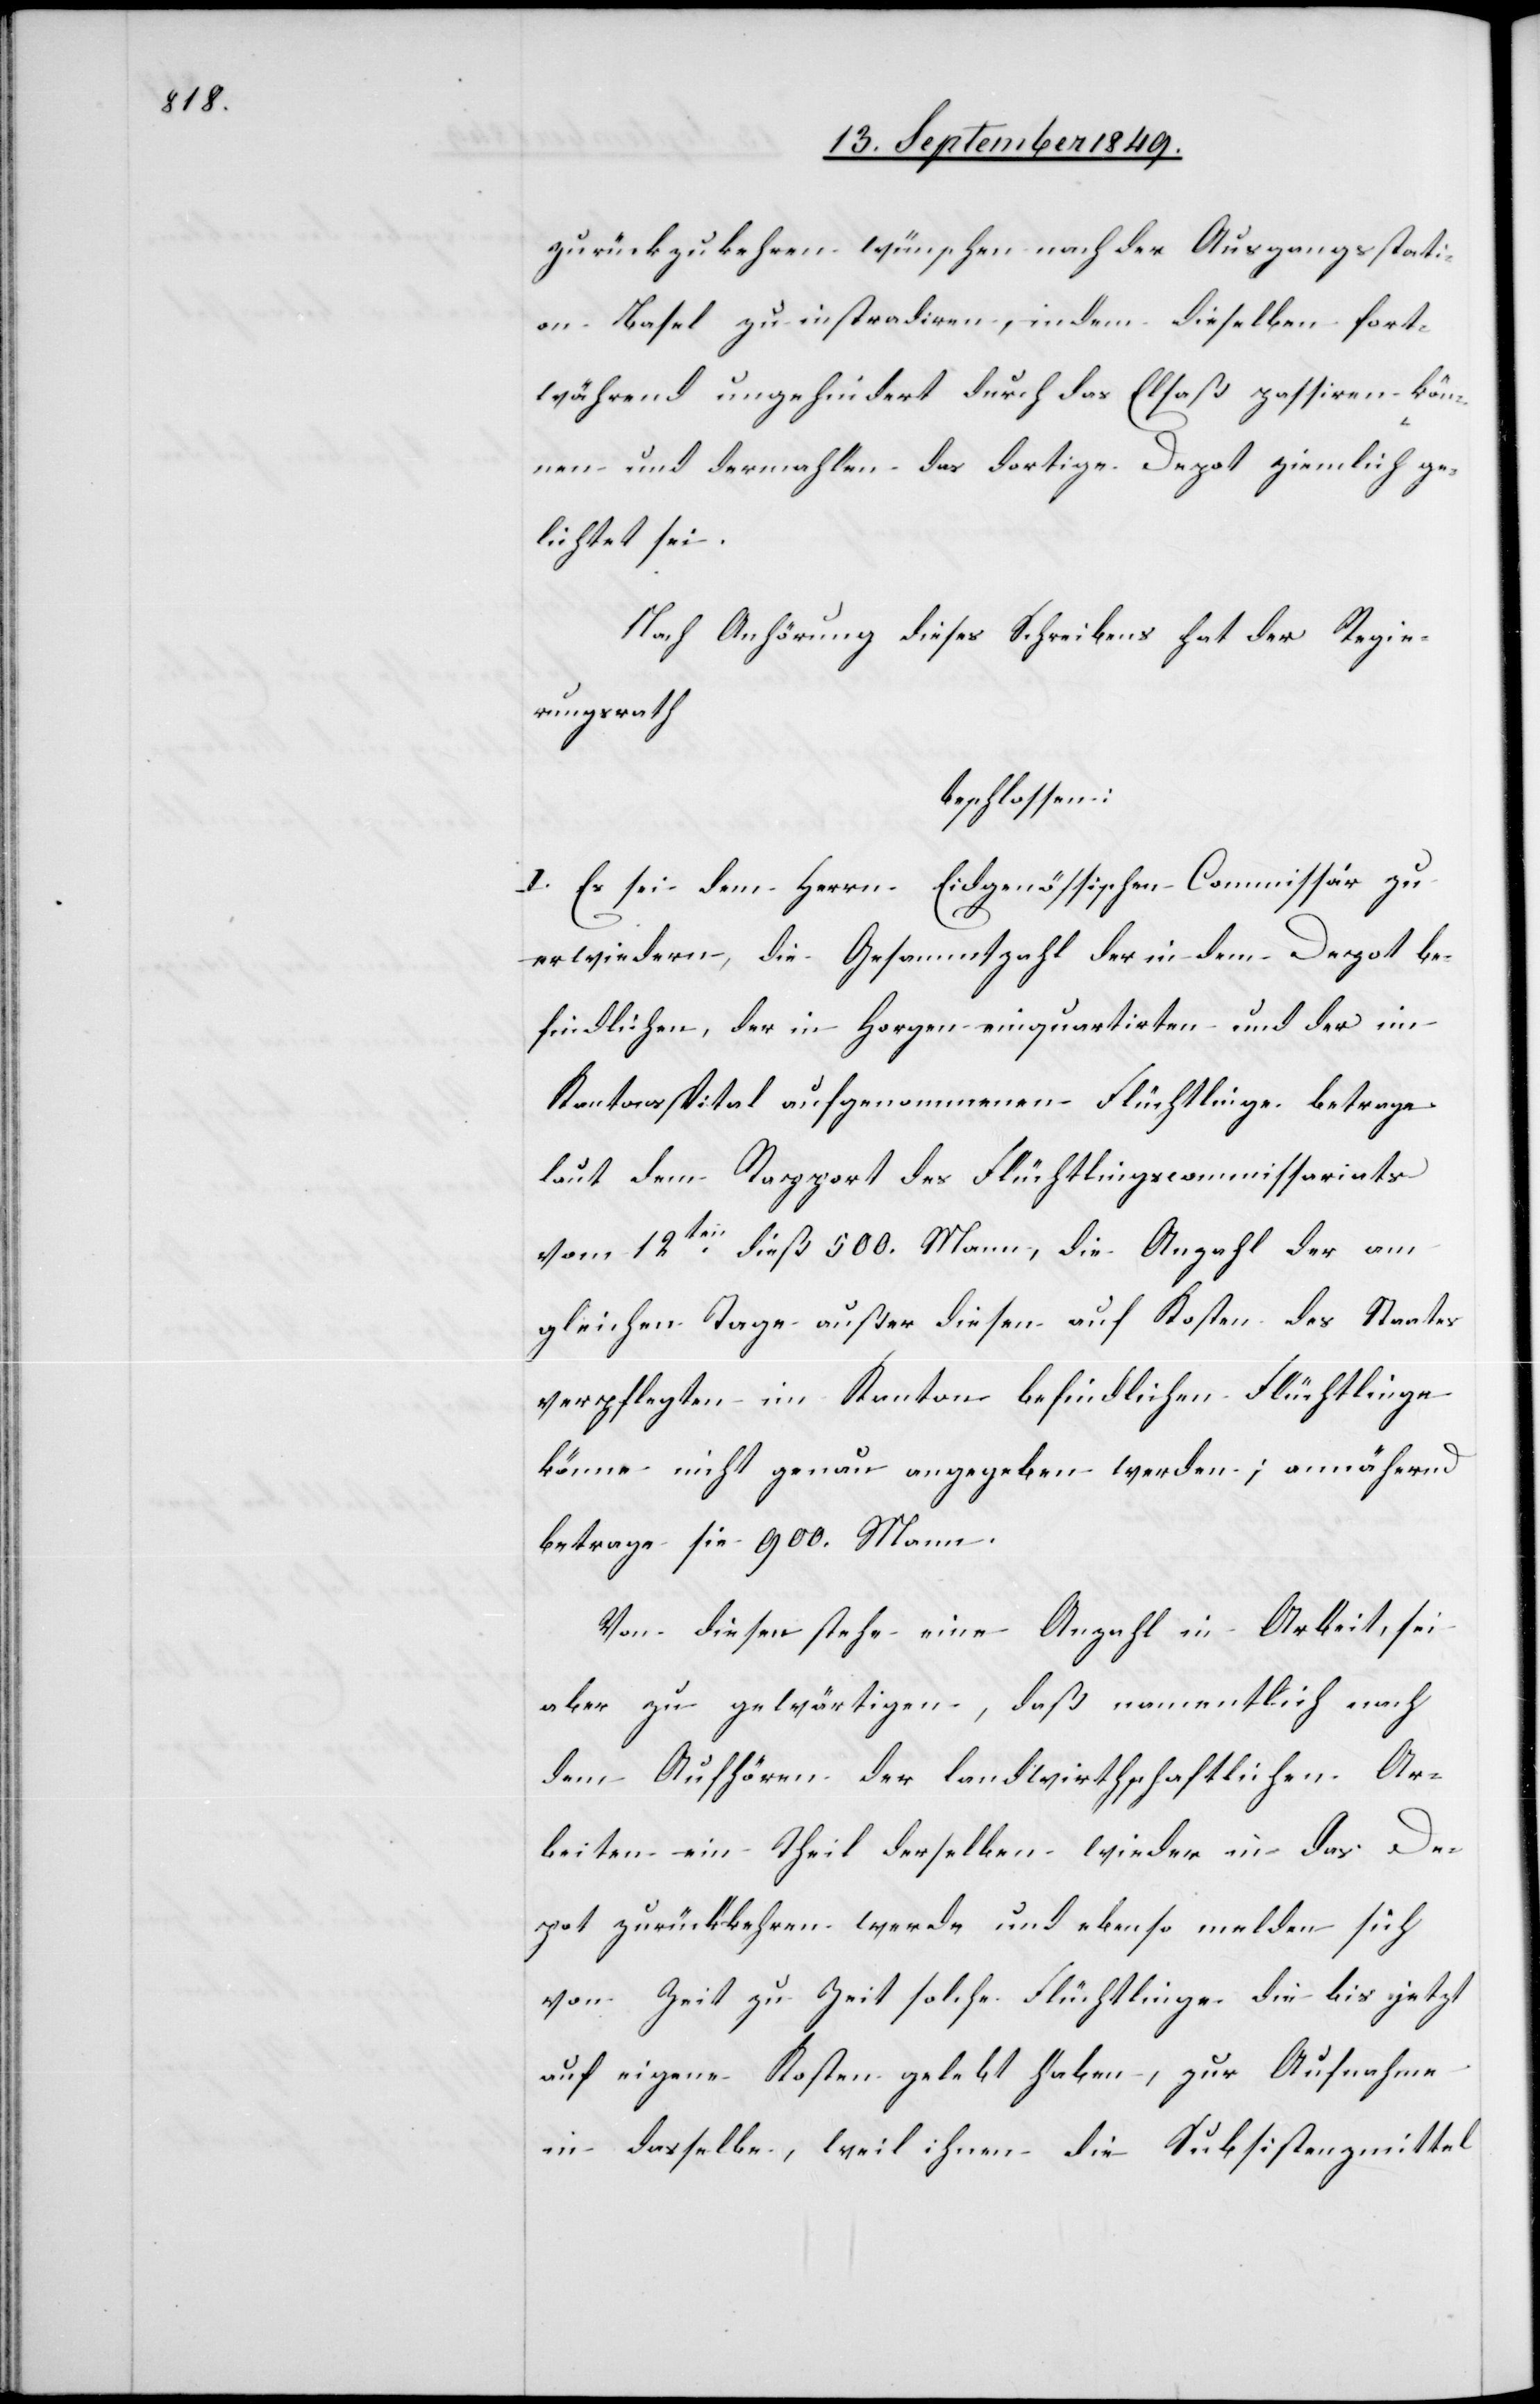
zurückzukehren wünschen nach der Ausgangsstati¬
on Basel zu instradiren, indem dieselben fort¬
während ungehindert durch das Elsaß passiren kön¬
nen und dermahlen das dortige Depot ziemlich ge¬
lichtet sei.
Nach Anhörung dieses Schreibens hat der Regie¬
rungsrath
beschlossen:
I. Es sei dem Herrn Eidgenössischen Commissär zu
erwiedern, die Gesammtzahl der in dem Depot be¬
findlichen, der in Horgen einquartirten und der im
Kantonsspital aufgenommenen Flüchtlinge betrage
laut dem Rapport des Flüchtlingscommissariats
vom 12ten dieß 500. Mann, die Anzahl der am
gleichen Tage außer diesen auf Kosten des Staates
verpflegten im Kanton befindlichen Flüchtlinge
könne nicht genau angegeben werden; annähernd
betrage sie 900. Mann.
Von diesen stehe eine Anzahl in Arbeit, sei
aber zu gewärtigen, daß namentlich nach
dem Aufhören der landwirtscchaftlichen Ar¬
beiten ein Theil derselben wieder in das De¬
pot zurückkehren werde und ebenso melden sich
von Zeit zu Zeit solche Flüchtlinge die bis jetzt
auf eigene Kosten gelebt haben, zur Aufnahme
in dasselbe, weil ihnen die Subsistenzmittel